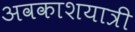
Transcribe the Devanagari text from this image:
अवकाशयात्री